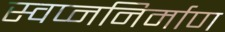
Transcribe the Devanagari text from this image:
स्वप्ननिर्माण